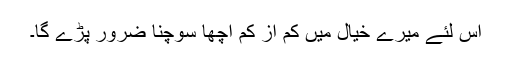
اس لئے میرے خیال میں کم از کم اچھا سوچنا ضرور پڑے گا۔